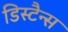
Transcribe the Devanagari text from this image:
डिस्टैन्स